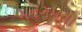
મનગમતા